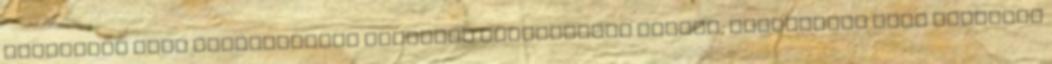
keletkező gázt generátorral kapcsolt gázmotorban égetik, elektromos áram nyerhető